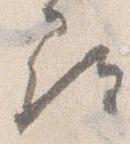
尋